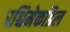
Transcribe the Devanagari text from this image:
पश्चिमेकडिल